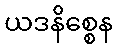
ယဒနိစ္စေန